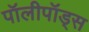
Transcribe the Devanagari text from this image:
पॉलीपॉड्स